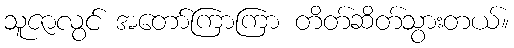
သူဇာလွင် အတော်ကြာကြာ တိတ်ဆိတ်သွားတယ်။